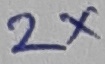
Text: 2X